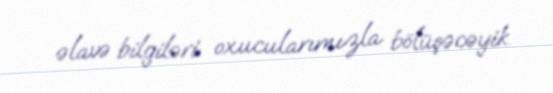
əlavə bilgiləri oxucularımızla bölüşəcəyik.